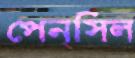
পেন্সিল